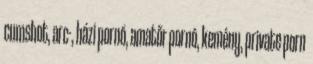
cumshot, arc-, házi pornó, amatőr pornó, kemény, private porn